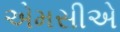
એમસીએ